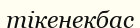
тікенекбас